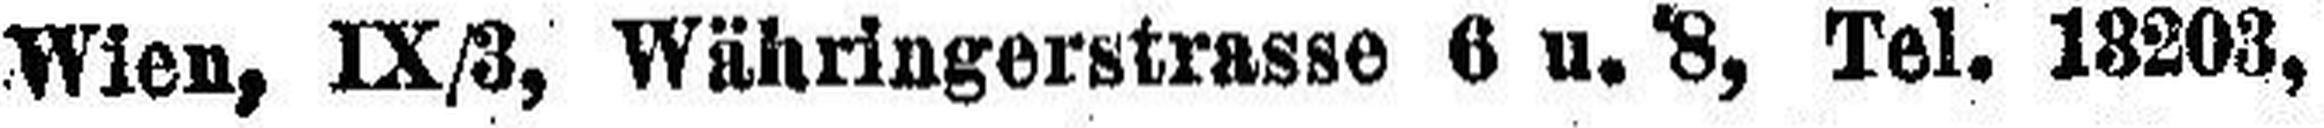
Wien, IX/3, Währingerstrasse 6 u. 8, Tel. 18203,